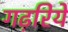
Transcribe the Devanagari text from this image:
गढ़रिये